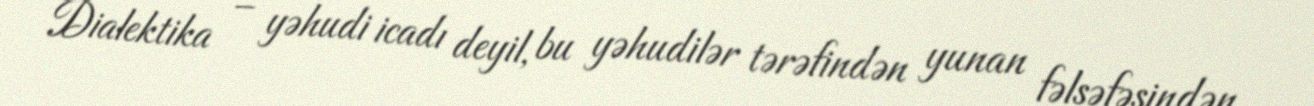
Dialektika – yəhudi icadı deyil, bu yəhudilər tərəfindən yunan fəlsəfəsindən